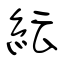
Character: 紜